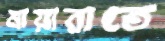
মায়ারাতে